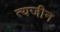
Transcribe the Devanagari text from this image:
त्यजीन